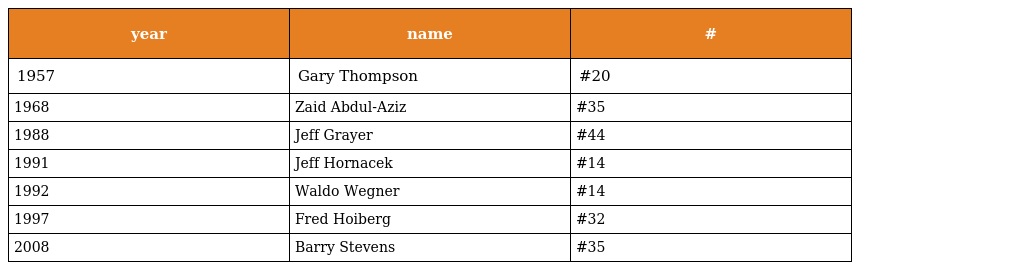
| year | name | # |
 | --- | --- | --- |
 | 1957 | Gary Thompson | #20 |
 | 1968 | Zaid Abdul-Aziz | #35 |
 | 1988 | Jeff Grayer | #44 |
 | 1991 | Jeff Hornacek | #14 |
 | 1992 | Waldo Wegner | #14 |
 | 1997 | Fred Hoiberg | #32 |
 | 2008 | Barry Stevens | #35 |